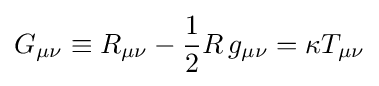
G_{\mu \nu }\equiv R_{\mu \nu }-{\textstyle 1 \over 2}R\,g_{\mu \nu }=\kappa T_{\mu \nu }